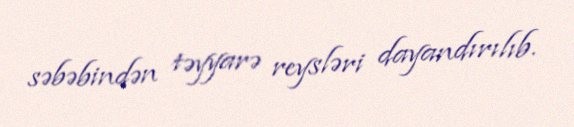
səbəbindən təyyarə reysləri dayandırılıb.